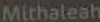
Mithaleah